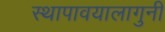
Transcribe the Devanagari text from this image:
स्थापावयालागुनी